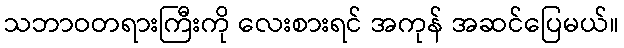
သဘာဝတရားကြီးကို လေးစားရင် အကုန် အဆင်ပြေမယ်။